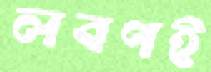
লবণই